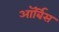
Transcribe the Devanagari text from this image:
ऑर्बिस